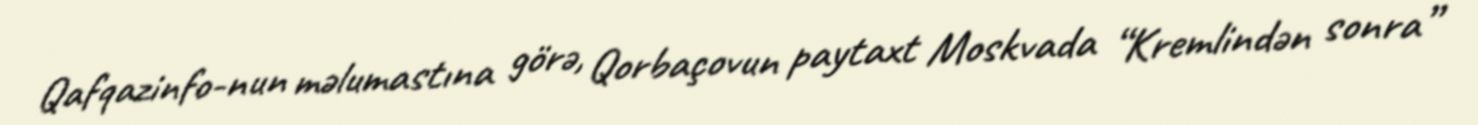
Qafqazinfo-nun məlumastına görə, Qorbaçovun paytaxt Moskvada “Kremlindən sonra”